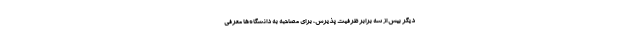
دیگر بیش از سه برابر ظرفیت پذیرش، برای مصاحبه به دانشگاه‌ها معرفی